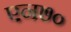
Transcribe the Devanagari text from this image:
एन७०